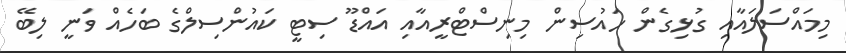
މިމައްސަލައާއި ގުޅިގެން ހައުސިން މިނިސްޓްރީއާއި އައްޑޫ ސިޓީ ކައުންސިލްގެ ބަހެއް ވަނީ ލިބޭ